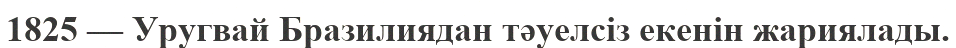
1825 — Уругвай Бразилиядан тәуелсіз екенін жариялады.